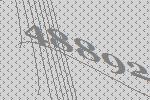
48892